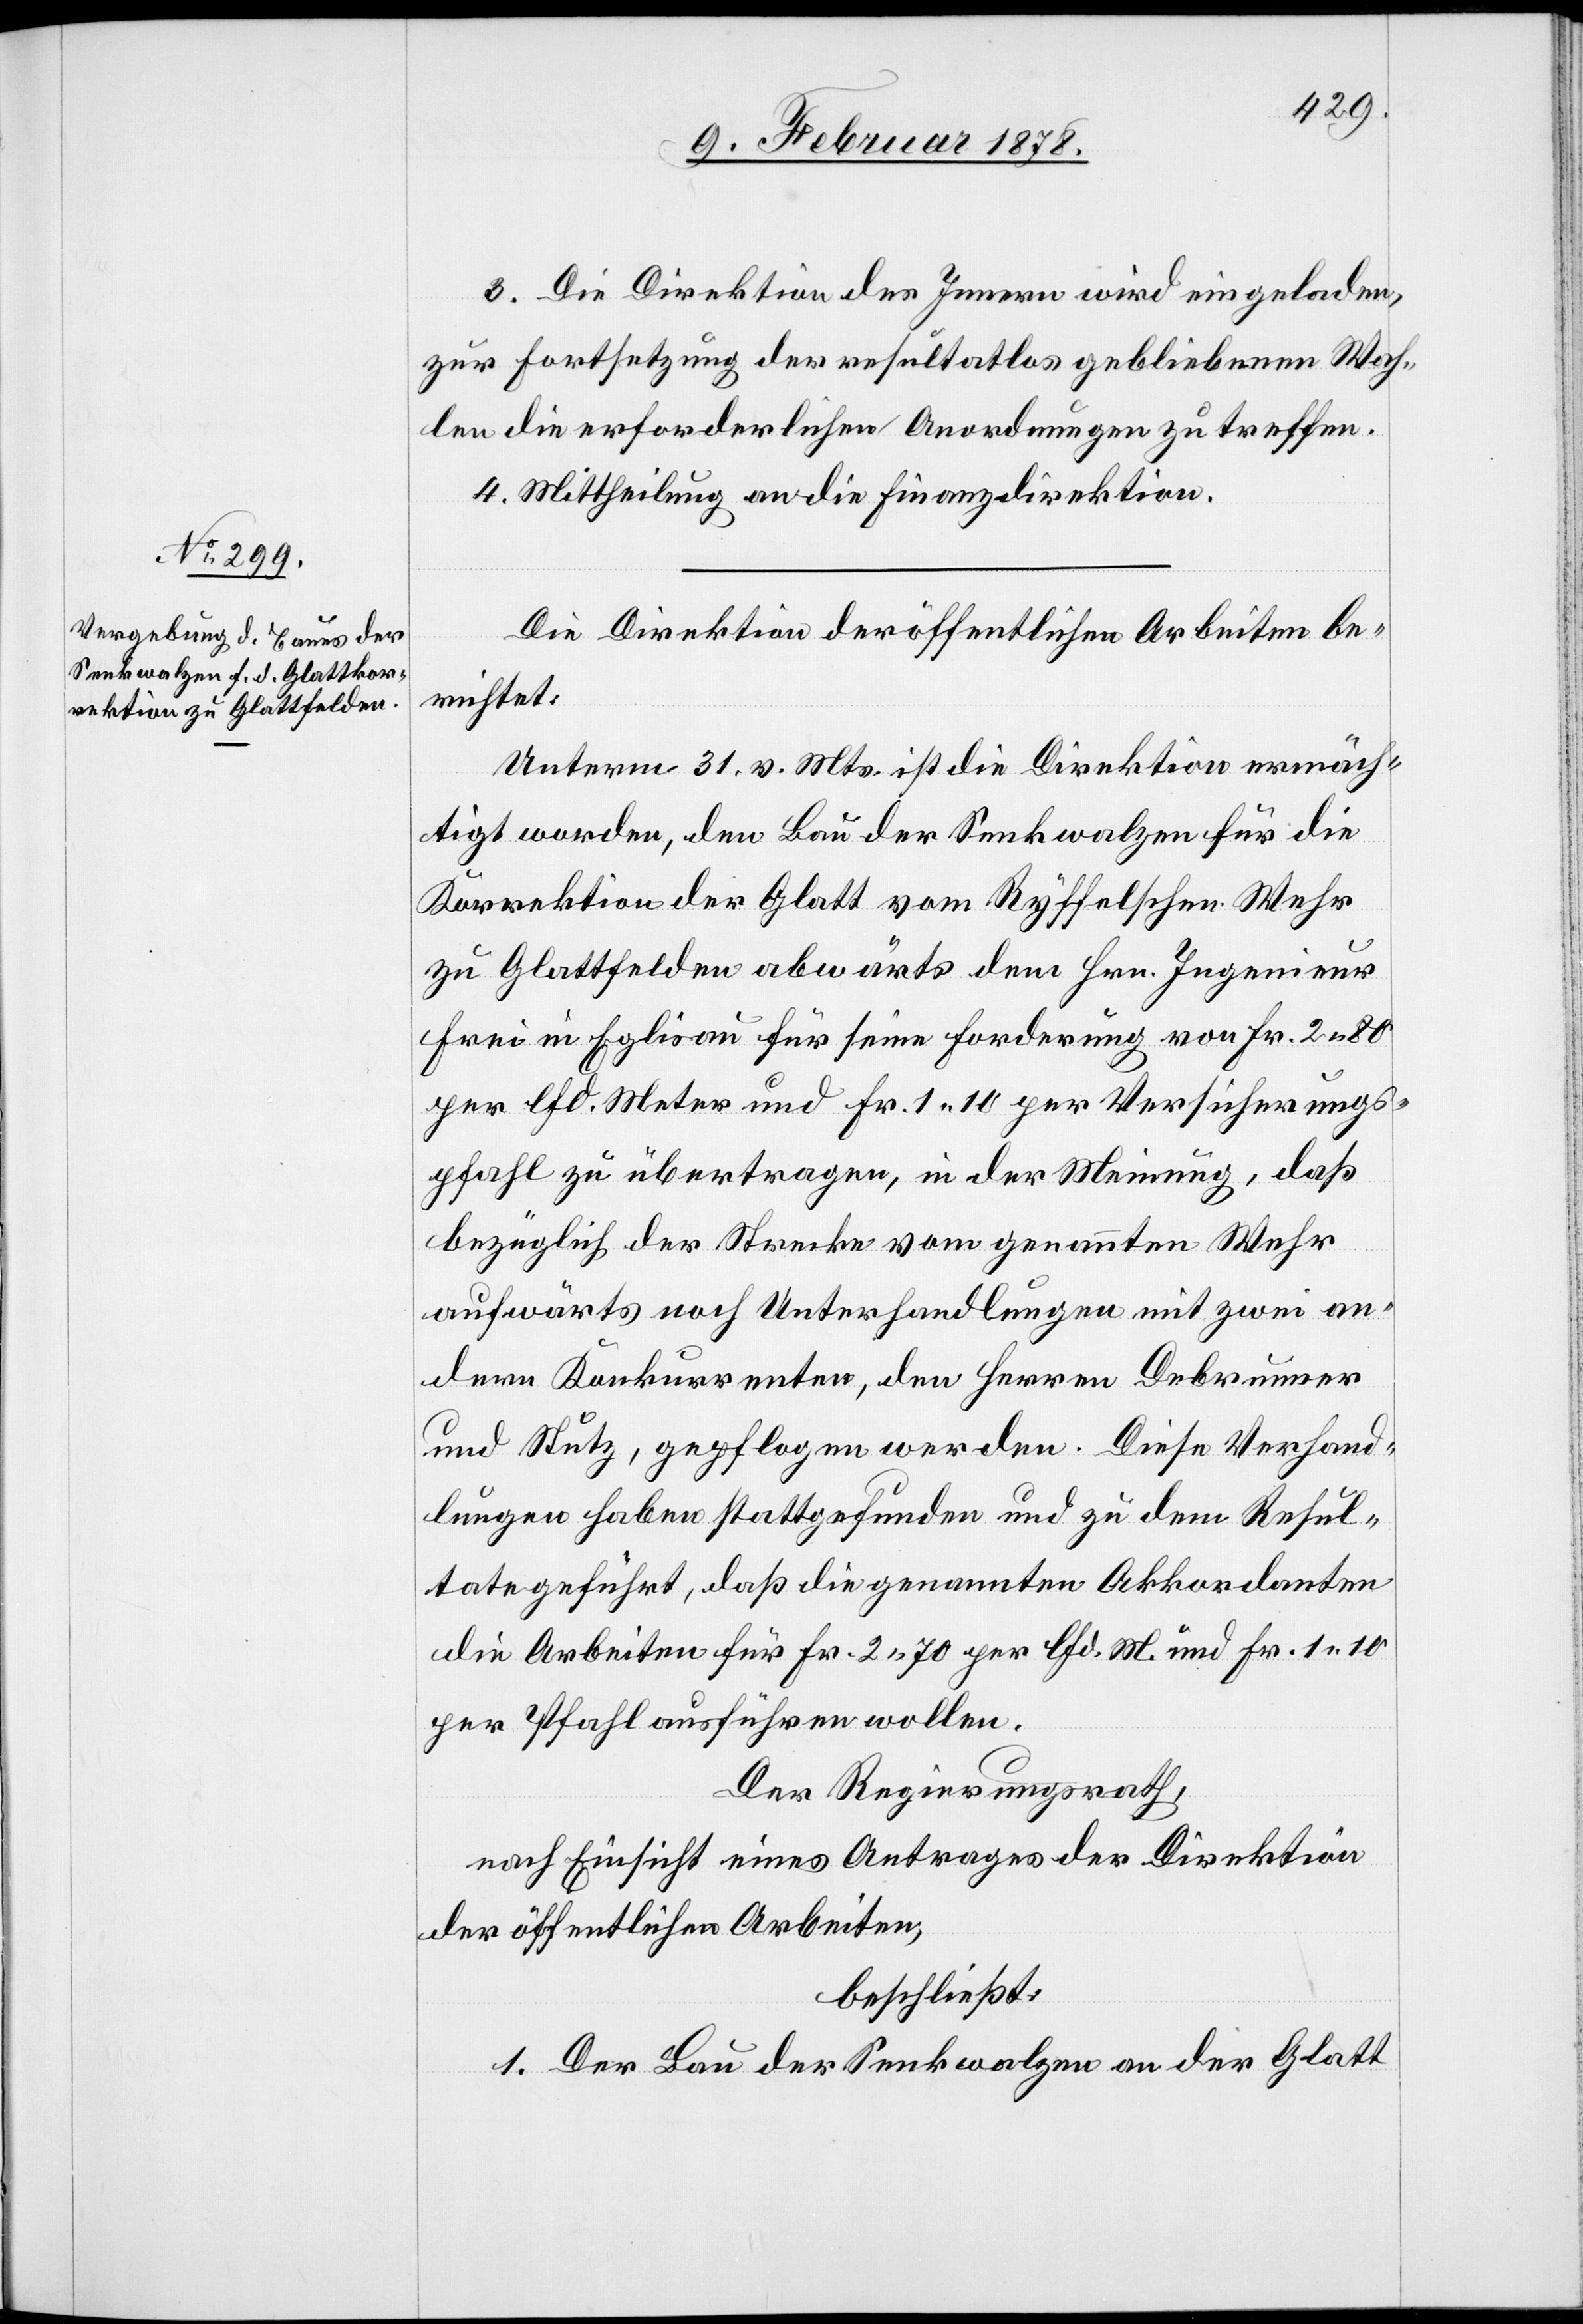
14. Februar 1878.]
3. Die Direktion des Innern wird eingeladen,
zur Fortsetzung der resultatlos gebliebenen Wah¬
len die erforderlichen Anordnungen zu treffen.
4. Mittheilung an die Finanzdirektion.
Die Direktion der öffentlichen Arbeiten be¬
richtet:
Unterm 31. v. Mts. ist die Direktion ermäch¬
tigt worden, den Bau der Senkwalzen für die
Korrektion der Glatt vom Ryffelschen Wehr
zu Glattfelden abwärts dem Hrn. Ingenieur
Frei in Eglisau für seine Forderung von Fr. 2. 80
per lfd. Meter und Fr. 1. 10 per Versicherungs¬
pfahl zu übertragen, in der Meinung, daß
bezüglich der Strecke vom genannten Wehr
aufwärts noch Unterhandlungen mit zwei an¬
dern Konkurrenten, den Herren Debrunner
und Stutz, gepflogen werden. Diese Verhand¬
lungen haben stattgefunden und zu dem Resul¬
tate geführt, daß die genannten Akkordanten
die Arbeiten für Fr. 2. 70 per lfd. M. und Fr. 1. 10
per Pfahl ausführen wollen.
Der Regierungsrath,
nach Einsicht eines Antrages der Direktion
der öffentlichen Arbeiten,
beschließt:
1. Der Bau der Senkwalze an der Glatt